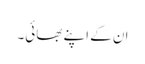
ان کے اپنے بھائی۔